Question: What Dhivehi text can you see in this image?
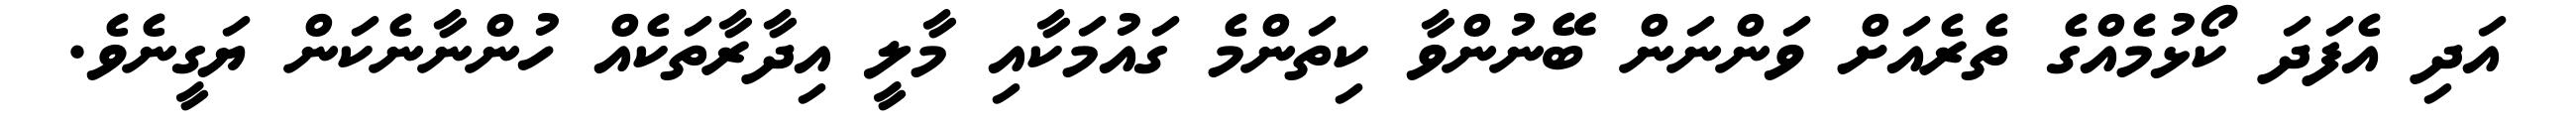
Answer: އަދި އެފަދަ ކޯޅުމެއްގެ ތެރެއަށް ވަންނަން ބޭނުންވާ ކިތަންމެ ގައުމަކާއި މާލީ އިދާރާތަކެއް ހުންނާނެކަން ޔަގީނެވެ.